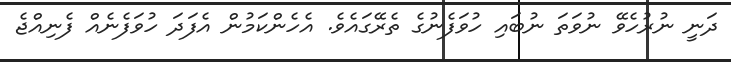
ދަނީ ނުރުހެވޭ ނުވަތަ ނުބައި ހުވަފެނުގެ ތެރޭގައެވެ. އެހެންކަމުން އެފަދަ ހުވަފެނެއް ފެނިއްޖެ